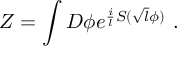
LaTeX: Z = \int { \cal D } \phi e ^ { { \frac { i } { l } } S ( \sqrt { l } \phi ) } ~ .